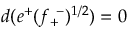
d ( e ^ { + } ( f _ { + } ^ { ~ - } ) ^ { 1 / 2 } ) = 0